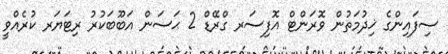
ސިފައިންގެ ޚިދުމަތުން ވޮރަންޓް އޮފިސަރ ގްރޭޑް 2 ޙަސަން އަބޫބަކުރު ރިޓަޔަރ ކުރެއްވީ